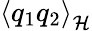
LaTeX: \left<q_{1}q_{2}\right>_{\mathcal{H}}